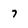
Character: 7